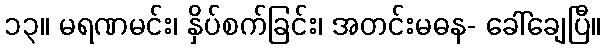
၁၃။ မရဏမင်း၊ နှိပ်စက်ခြင်း၊ အတင်းမဓန- ခေါ်ချေပြီ။